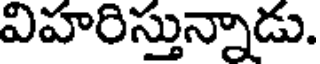
విహరిస్తున్నాడు.